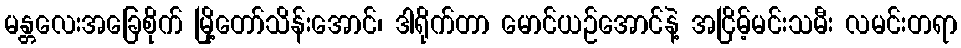
မန္တလေးအခြေစိုက် မြို့တော်သိန်းအောင်၊ ဒါရိုက်တာ မောင်ယဉ်အောင်နဲ့ အငြိမ့်မင်းသမီး လမင်းတရာ